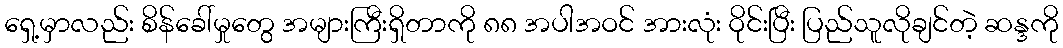
ရှေ့မှာလည်း စိန်ခေါ်မှုတွေ အများကြီးရှိတာကို ၈၈ အပါအဝင် အားလုံး ဝိုင်းပြီး ပြည်သူလိုချင်တဲ့ ဆန္ဒကို